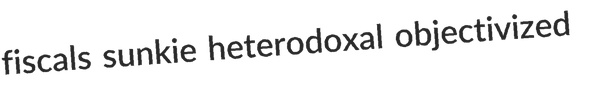
fiscals sunkie heterodoxal objectivized